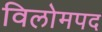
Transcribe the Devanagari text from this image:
विलोमपद